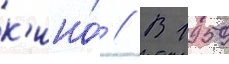
к'ино́ // В 1959